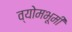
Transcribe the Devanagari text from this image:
व्योमभूमी